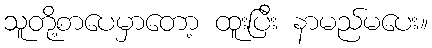
သူတို့စာပေမှာတော့ ထူးပြီး နာမည်မပေး။